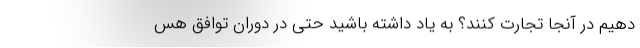
دهیم در آنجا تجارت کنند؟ به یاد داشته باشید حتی در دوران توافق هس